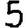
Digit: 5